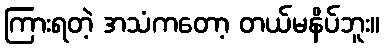
ကြားရတဲ့ အသံကတော့ တယ်မနိပ်ဘူး။